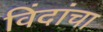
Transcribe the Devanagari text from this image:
विंदांचा